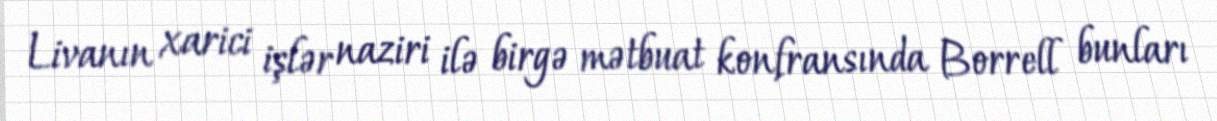
Livanın xarici işlər naziri ilə birgə mətbuat konfransında Borrell bunları